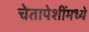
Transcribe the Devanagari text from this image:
चेतापेशींमध्ये